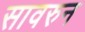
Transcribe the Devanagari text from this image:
सावरुन